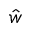
\hat { w }